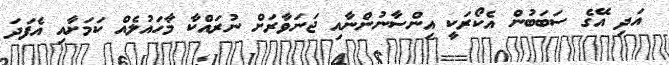
އަދި އޭގެ ސަބަބުން އެކޯރަކީ އިންސާނުންނާއި ޖަނަވާރަށް ނުރައްކާ މާހައުލެއް ކަމަށާއި އެފަދަ